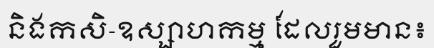
និងកសិ-ឧស្សាហកម្ម ដែលរួមមាន៖